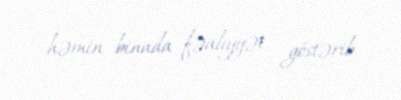
həmin binada fəaliyyət göstərib.